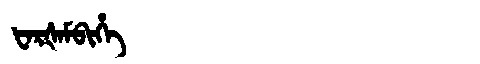
Manchu: ᡶᠠᡵᡧᠠᠮᠪᡳᡥᡝ
Romanization: FARŠAMBIHE